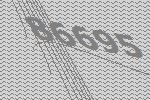
86695